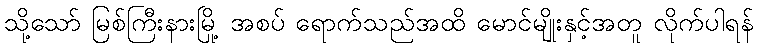
သို့သော် မြစ်ကြီးနားမြို့ အစပ် ရောက်သည်အထိ မောင်မျိုးနှင့်အတူ လိုက်ပါရန်